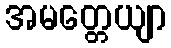
အမတ္တေယျာ